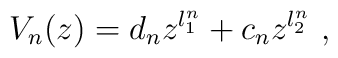
V_n(z)= d_n z^{l_1^n} + c_n z^{l_2^n}~,